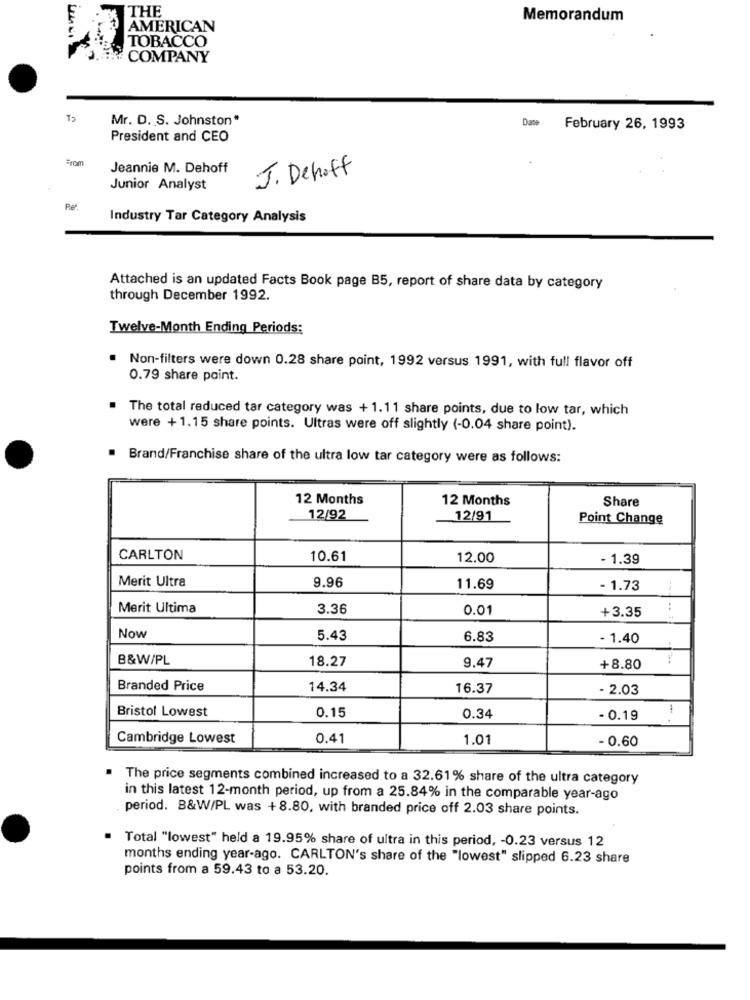
THE
Memorandum
AMERICAN
TOBACCO
COMPANY
Mr. D. S. Johnston*
Dane
February 26, 1993
President and CEO
Jeannie M. Dehoff
J. Dehoff
Junior Analyst
Industry Tar Category Analysis
Attached is an updated Facts Book page B5, report of share data by category
through December 1992.
Twelve-Month Ending Periods:
Non-filters were down 0.28 share point, 1992 versus 1991, with full flavor off
0.79 share point.
The total reduced tar category was + 1.11 share points, due to low tar, which
were + 1.15 share points. Ultras were off slightly (-0.04 share point).
Brand/Franchise share of the ultra low tar category were as follows:
12 Months
12 Months
Share
12/92
12/91
Point Change
CARLTON
10.61
12.00
- 1.39
Merit Ultra
9.96
11.69
- 1.73
Merit Ultima
3.36
0.01
+3.35
Now
5.43
6.83
- 1.40
B&W/PL
18.27
9.47
+8.80
Branded Price
14.34
16.37
- 2.03
Bristol Lowest
1
0.15
0.34
- 0.19
Cambridge Lowest
0.41
1.01
- 0.60
. The price segments combined increased to a 32.61% share of the ultra category
in this latest 12-month period, up from a 25.84% in the comparable year-ago
period. B&W/PL was +8.80, with branded price off 2.03 share points.
Total "lowest" held a 19.95% share of ultra in this period, - 0.23 versus 12
months ending year-ago. CARLTON's share of the "lowest" slipped 6.23 share
points from a 59.43 to a 53.20.